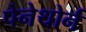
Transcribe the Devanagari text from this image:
पेनेथोर्न